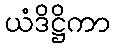
ယံဒိဋ္ဌိကာ